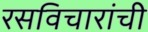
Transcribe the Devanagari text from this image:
रसविचारांची